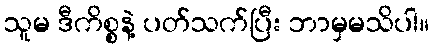
သူမ ဒီကိစ္စနဲ့ ပတ်သက်ပြီး ဘာမှမသိပါ။